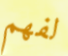
لفهم